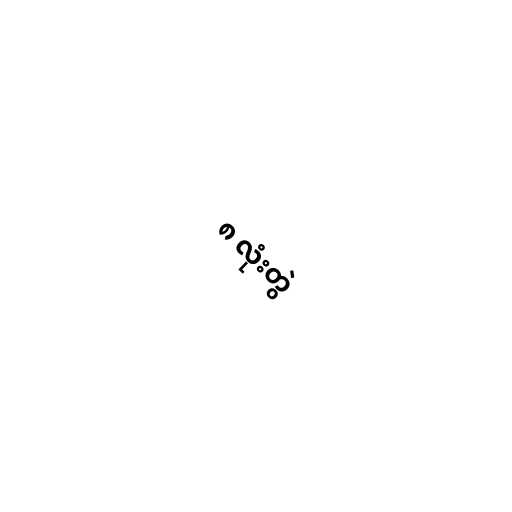
၈ လုံးတွဲ